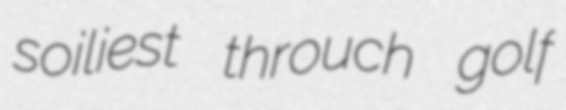
soiliest throuch golf